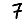
Digit: 7